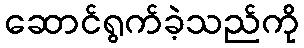
ဆောင်ရွက်ခဲ့သည်ကို